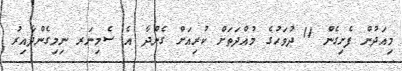
މިއަދުން ފެށިގެން 11 ދުވަހުގެ މުއްދަތަށް ކުރިއަށް ގެންދާ އެ ސެމިނަރ ނިމިގެންދާއިރު